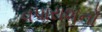
વપારાશનો